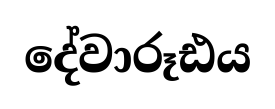
දේවාරූඪය